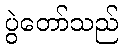
ပွဲတော်သည်